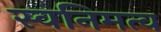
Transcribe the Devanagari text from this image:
स्वनिमत्व